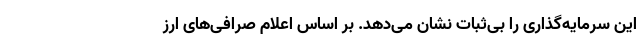
این سرمایه‌گذاری را بی‌ثبات نشان می‌دهد. بر اساس اعلام صرافی‌های ارز